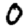
Digit: 0